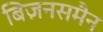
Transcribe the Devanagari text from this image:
बिज़नसमैन